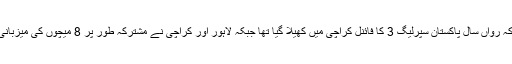
یاد رہے کہ رواں سال پاکستان سپرلیگ 3 کا فائنل کراچی میں کھیلا گیا تھا جبکہ لاہور اور کراچی نے مشترکہ طور پر 8 میچوں کی میزبانی کی تھی۔